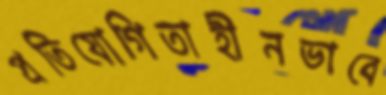
প্রতিযোগিতাহীনভাবে